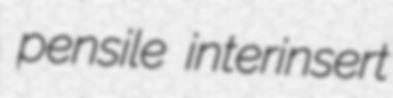
pensile interinsert